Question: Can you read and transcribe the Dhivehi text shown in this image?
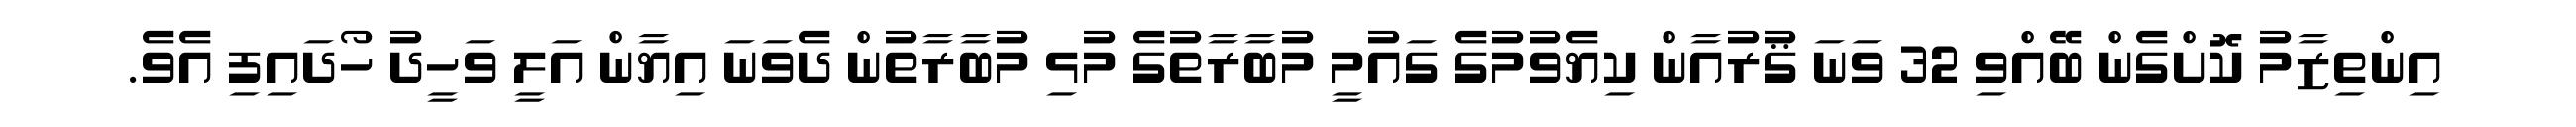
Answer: އިންތިޒާމު ކޮށްގެން ބޭއްވި 32 ވަނަ ޤުރުއާން ކިޔެވުމުގެ ގައުމީ މުބާރާތުގެ މުޅި މުބާރާތުން ދެވަނަ އިޔާން އަލީ ވަހީދު ހޯދައިފި އެވެ.